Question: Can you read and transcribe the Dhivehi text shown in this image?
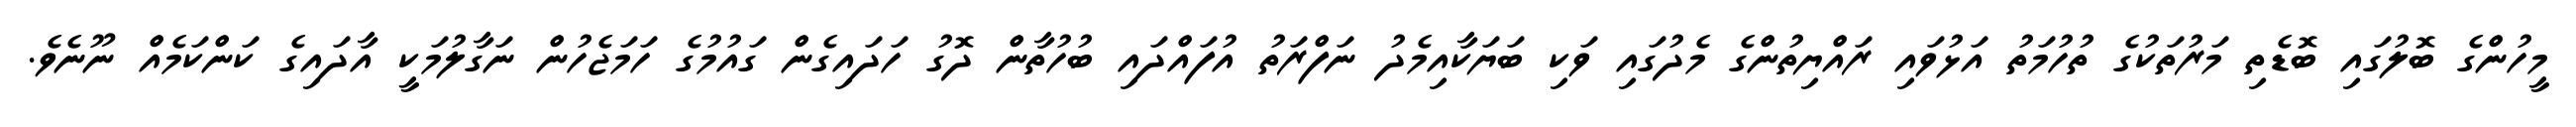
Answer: މީހުންގެ ބޮލުގައި ބޮޑެތި މަރުތަކުގެ ތުހުމަތު އަޅުވައި ރައްޔިތުންގެ މެދުގައި ވަކި ބަޔަކާއިމެދު ނަފްރަތު އުފައްދައި ބުހުތާން ދޮގު ހަދައިގެން ގައުމުގެ ހަމަޖެހުން ނަގާލުމަކީ އާދައިގެ ކަންކަމެއް ނޫނެވެ.